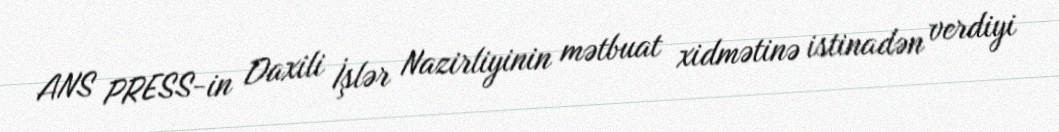
ANS PRESS-in Daxili İşlər Nazirliyinin mətbuat xidmətinə istinadən verdiyi